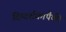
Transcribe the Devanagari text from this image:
दिग्दर्शकापैकी